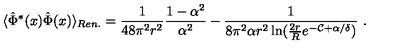
\langle \hat { \Phi } ^ { * } ( x ) \hat { \Phi } ( x ) \rangle _ { R e n . } = \frac 1 { 4 8 \pi ^ { 2 } r ^ { 2 } } \frac { 1 - \alpha ^ { 2 } } { \alpha ^ { 2 } } - \frac 1 { 8 \pi ^ { 2 } \alpha r ^ { 2 } \ln ( \frac { 2 r } R e ^ { - { \mathcal { C } } + \alpha / \delta } ) } \ .